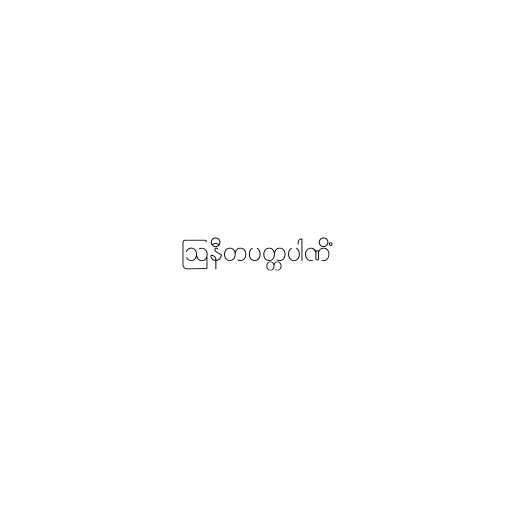
ဩနီတပတ္တပါဏိံ